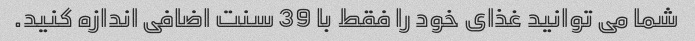
شما می توانید غذای خود را فقط با 39 سنت اضافی اندازه کنید.